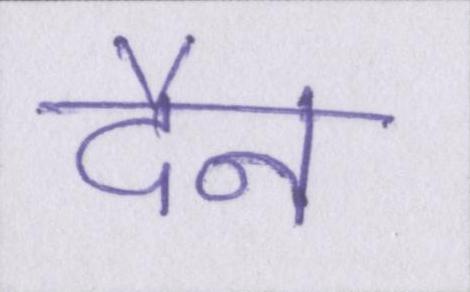
दैन